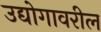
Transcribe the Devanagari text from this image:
उद्योगावरील